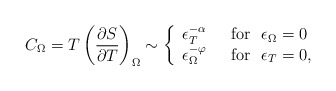
\begin{align*}C_{\Omega} =T\left (\frac{\partial S}{\partial T}\right)_{\Omega} \sim \left \{\begin{array}{ll} \epsilon _T ^{-\alpha} & \ \ {\rm for}\ \ \epsilon_{\Omega}=0 \\ \epsilon_{\Omega}^{-\varphi} & \ \ {\rm for}\ \ \epsilon_T=0,\end{array} \right.\end{align*}